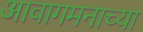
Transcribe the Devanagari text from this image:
आवागमनाच्या